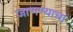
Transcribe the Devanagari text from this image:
जाणण्याचा